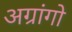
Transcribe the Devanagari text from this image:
अग्रांगो